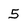
Character: 5